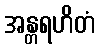
အန္တရဟိတံ